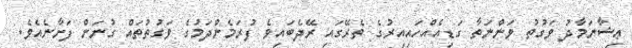
ޢިޝާނަމާދު ވަގުތު ވަންނަތާ ގަޑިއެއްހައިއިރުގެ ތެރޭގައި ރޭދެބައިވެ ފުރަމެންދަމުގެ ވަގުތުތައް ގުނަން ފަށާނެއެވެ.